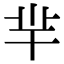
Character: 羋